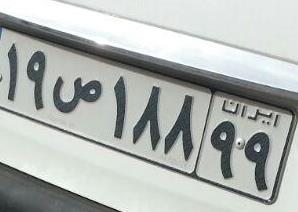
۱۹ص۱۸۸۹۹